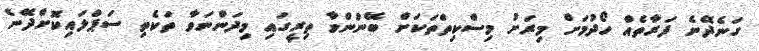
ގަނެދޭނެ ފަރާތެއް ހޯދުމަށް މިރަށު މިސްކިތްތަކަށް ބޭނުންވާ ތިރީގައި މިދަންނަވާ ތަކެތި ސަޕްލައިކޮށްދޭނެ